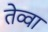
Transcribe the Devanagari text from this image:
तेव्वा